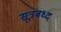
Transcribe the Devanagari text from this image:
सूत्रबध्द